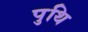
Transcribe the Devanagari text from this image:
पुथि